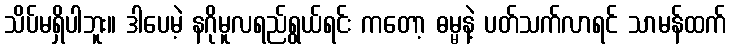
သိပ်မရှိပါဘူး။ ဒါပေမဲ့ နဂိုမူလရည်ရွယ်ရင်း ကတော့ ဓမ္မနဲ့ ပတ်သက်လာရင် သာမန်ထက်